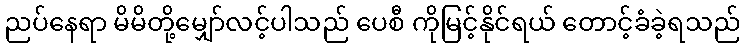
ညပ်နေရာ မိမိတို့မျှော်လင့်ပါသည် ပေစီ ကိုမြင့်နိုင်ရယ် တောင့်ခံခဲ့ရသည်